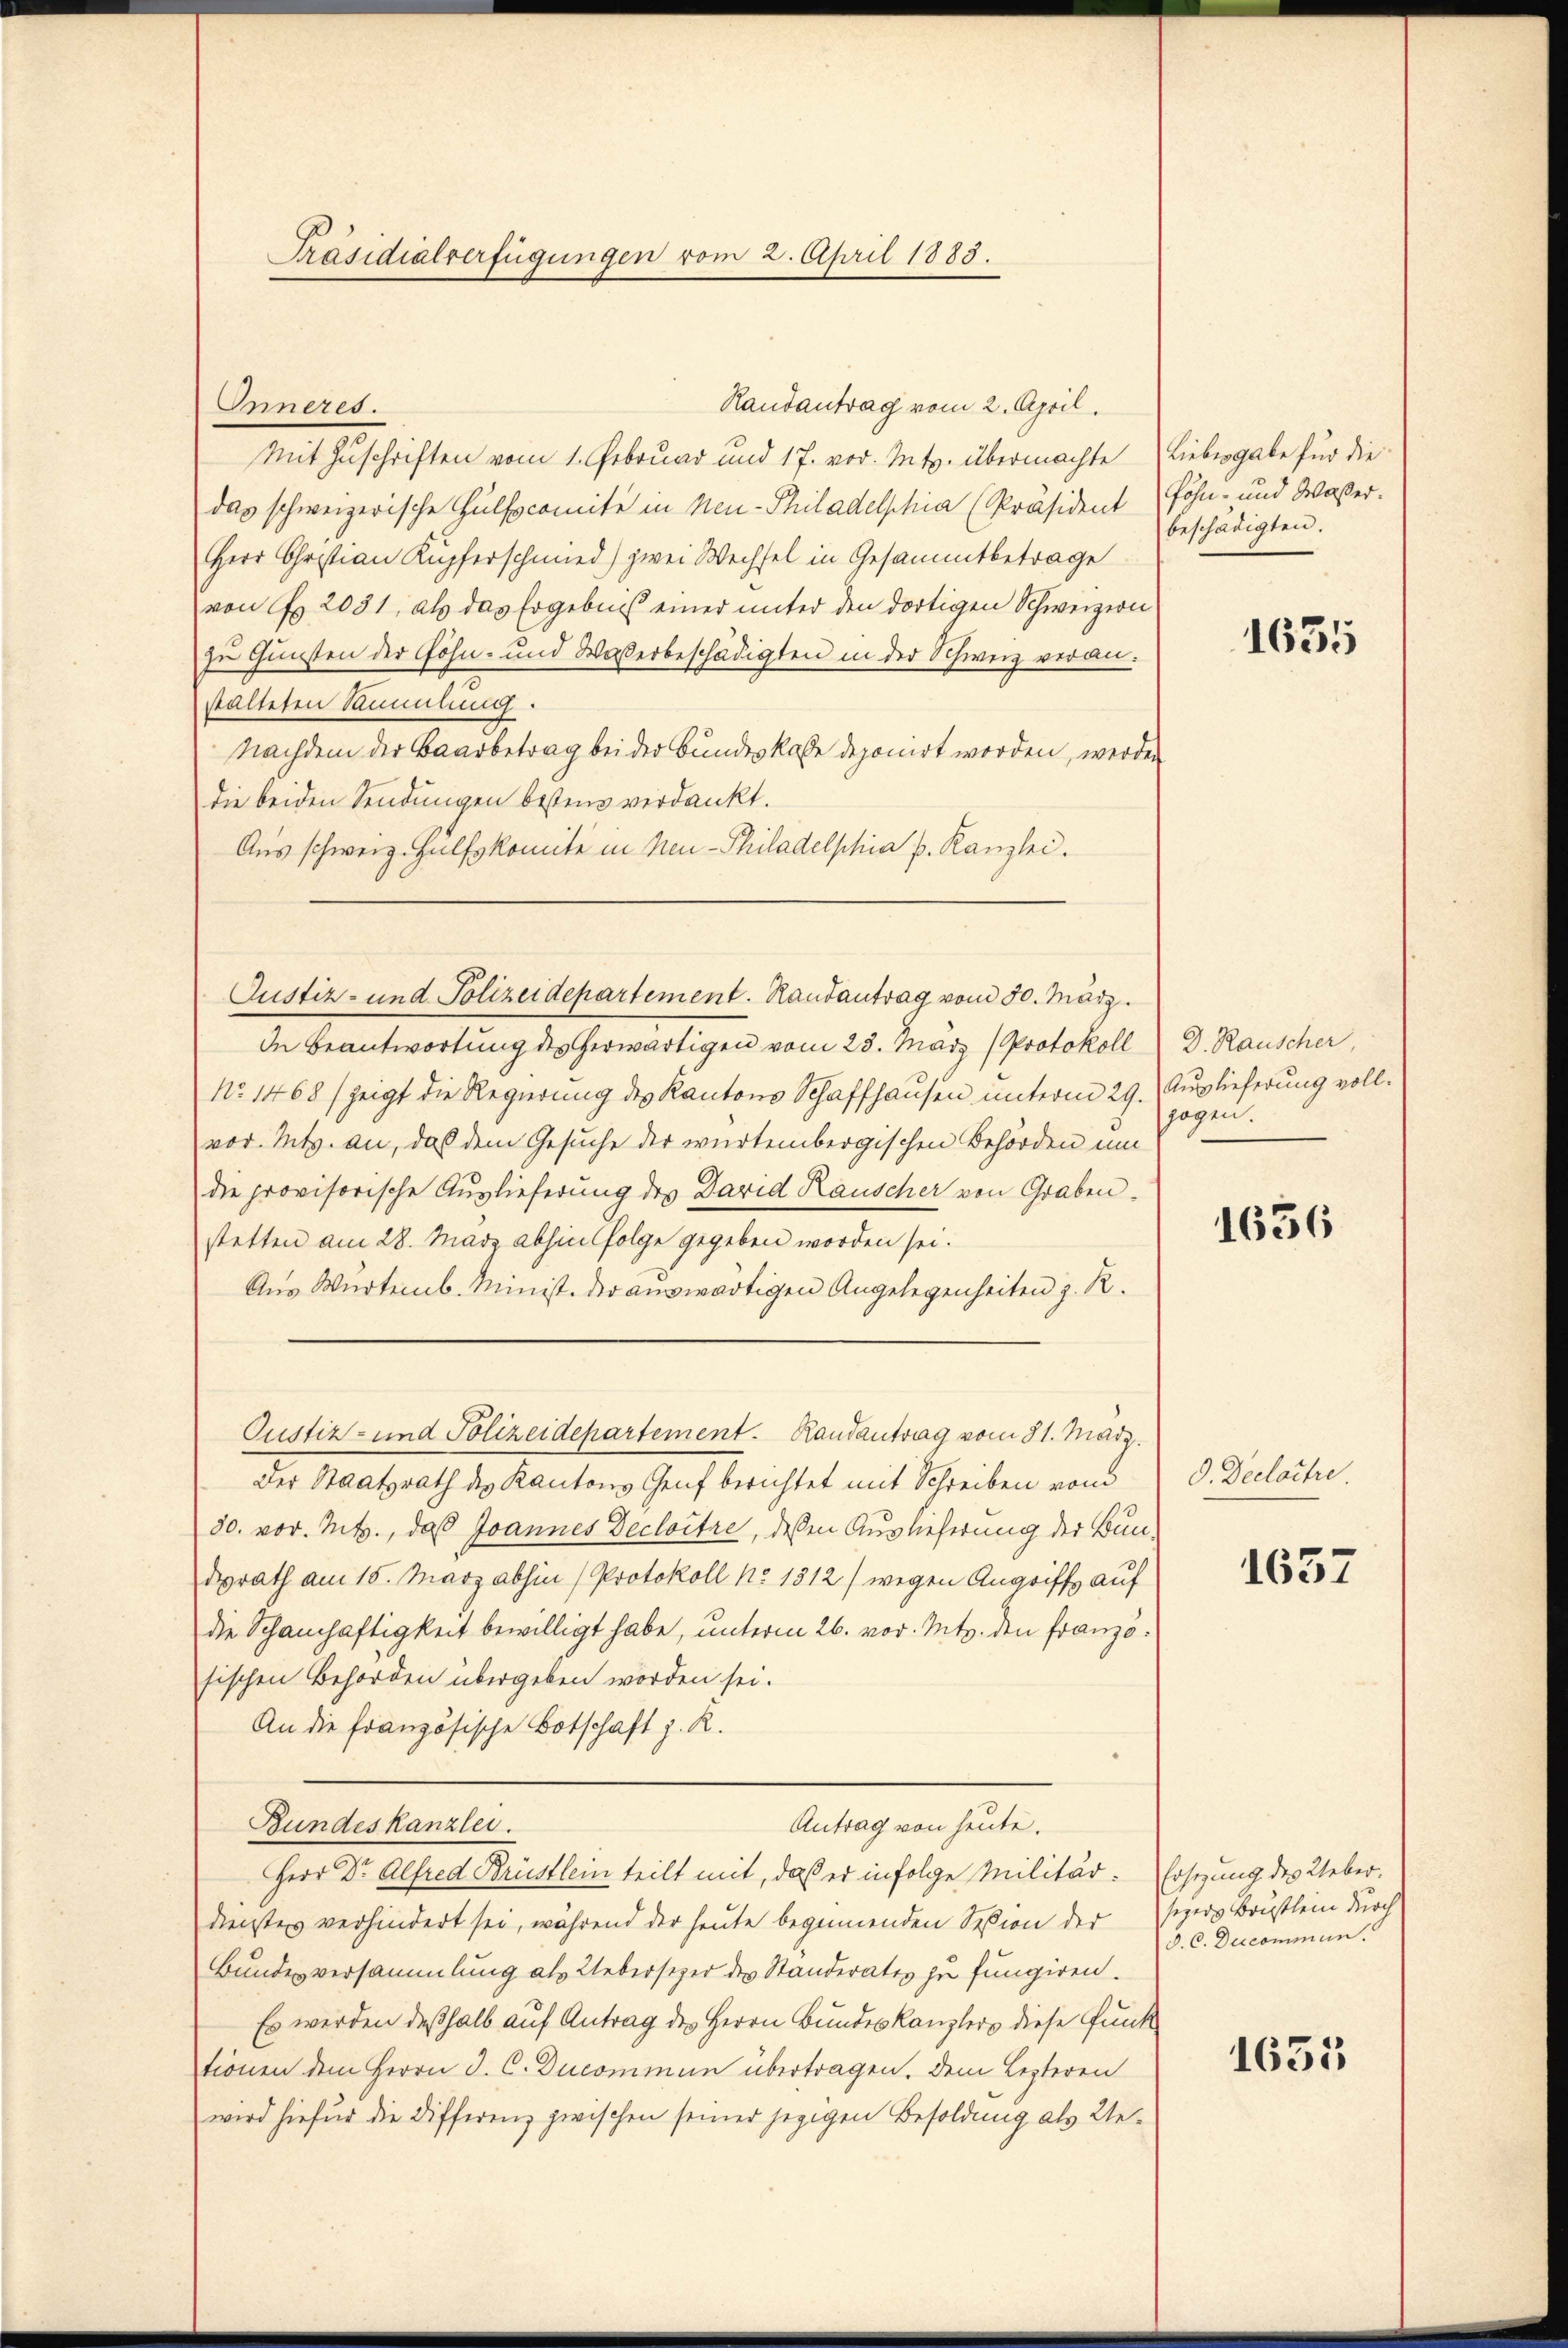
Randantrag vom 2. April.
Mit Zuschriften vom 1. Februar und 17. vor. Mts. übermachte Liebesgabe für die
das schweizerische Hülfscomite in Neu-Philadelphia (Präsident Föhn- und Waßer.
Herr Christian Kupferschmied) zwei Wechsel in Gesammtbetrage
von Fr. 2031, als das Ergebniß einer unter den dortigen Schweizern
zu Gunsten der Höhn- und Waßerbeschädigten in der Schweiz veranstalteten Sammlung.
Nachdem der Baarbetrag bei der Bundeskasse deponirt worden, werden
die beiden Sendungen bestin verdankt.
Aus schweiz. Hülfskomite in Neu-Philadelphia p. Kanzlei.

Präsidialverfügungen vom 2. April 1883.

Onneres.

Justiz- und Polizeidepartement. Randantrag vom 30. März.

In Beantwortung des herwärtigen vom 23. März (Protokoll) D. Rauscher,
No. 1468 / zeigt die Regierung des Kantons Schaffhausen unterm 29. Auslieferung vollvor. Mts. an, das dem Gesuche der würtembergischen Behörden um
die provisorische Auslieferung des David Rauscher von Graben.
stetten am 28. März abhin Folge gegeben worden sei.
Aus Würtemb. Minist. der auswärtigen Angelegenheiten z. R.
Der Staatsrath des Kantons Genf berichtet mit Schreiben vom
30. vor. Mts., daß Joannes Decloitre, dessen Auslieferung der Bunderath am 15. März abhin (Protokoll No 1312) wegen Angriffs auf
die Schanhaftigkeit bewilligt habe, unterm 26. vor. Mts. den Französischen Behörden übergeben worden sei.
An die französische Botschaft z. R.
Antrag von heute.
Bundeskanzlei.
Herr Dr. Alfred Brüstlein teilt mit, daß er infolge Militär: Ersezung des Ueber¬
Dienstes verhindert sei, während der heute beginnenden Seßion der sezers Brüstlein durch
Bundesversammlung als Uebersizer der Standerates zu fungiren.
Es werden deßhalb auf Antrag des Herrn Bundeskanzlers diese Funk
tionen dem Herrn J. C. Ducommun übertragen. Dem Lezteren
wird hiefür die Differenz zwischen seiner jezigen Besoldung als Ue¬

Justiz- und Polizeidchartement. Randantrag vom 31. März.

beschädigten.

1635

zogen.

1636

D. Declartre

1637

d. C. Decommen.

1631